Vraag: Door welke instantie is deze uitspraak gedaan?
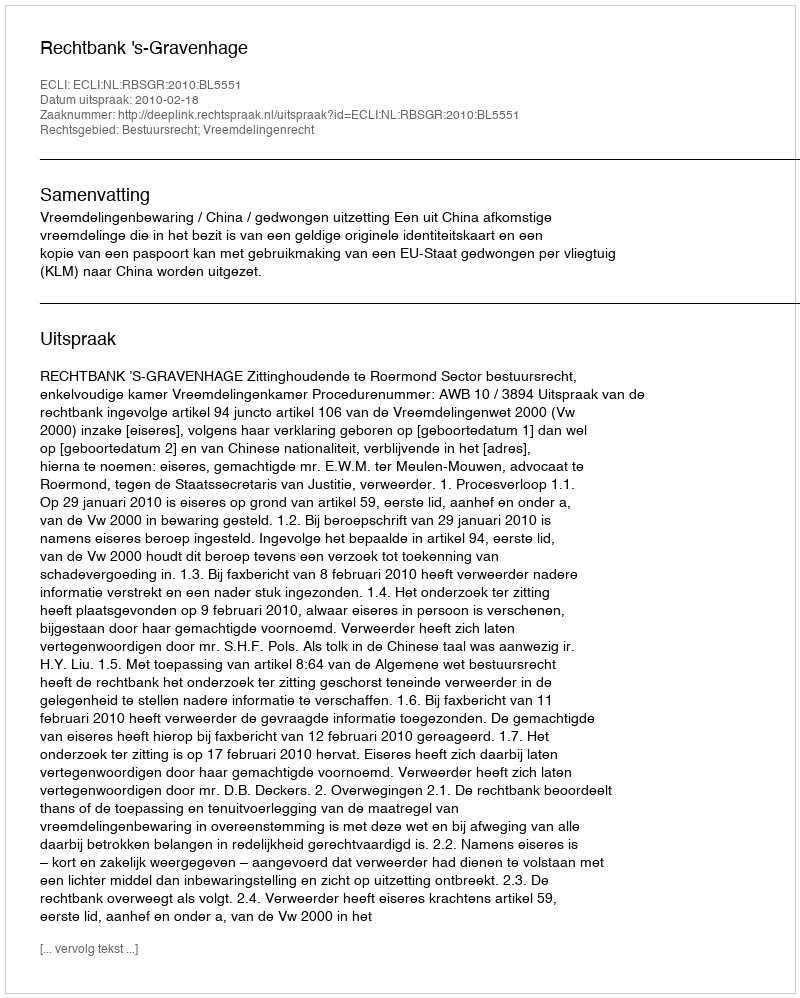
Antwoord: Rechtbank 's-Gravenhage